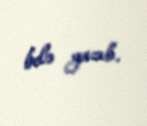
belə yazıb.